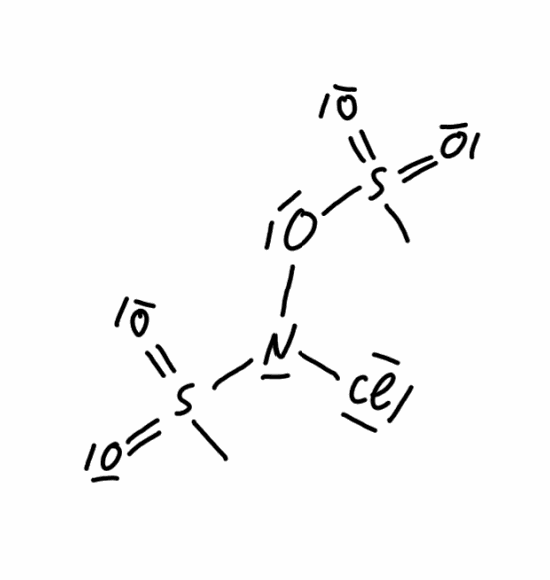
Simplified molecular-input line-entry system (SMILES) notation of the given molecule:
CS(=O)(=O)N(OS(=O)(=O)C)Cl